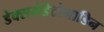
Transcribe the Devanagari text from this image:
डेक्समेडेटोमाडिन